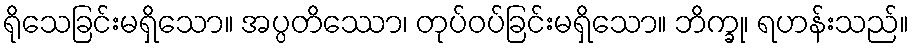
ရိုသေခြင်းမရှိသော။ အပ္ပတိဿော၊ တုပ်ဝပ်ခြင်းမရှိသော။ ဘိက္ခု၊ ရဟန်းသည်။